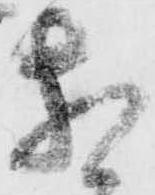
相